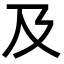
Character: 及